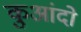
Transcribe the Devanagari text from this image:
कुआंदो